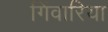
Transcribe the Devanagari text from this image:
गिंवारिया